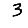
Digit: 3